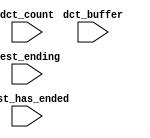
module niosII_system_nios2_0_oci_test_bench (
                                              // inputs:
                                               dct_buffer,
                                               dct_count,
                                               test_ending,
                                               test_has_ended
                                            )
;

  input   [ 29: 0] dct_buffer;
  input   [  3: 0] dct_count;
  input            test_ending;
  input            test_has_ended;


endmodule